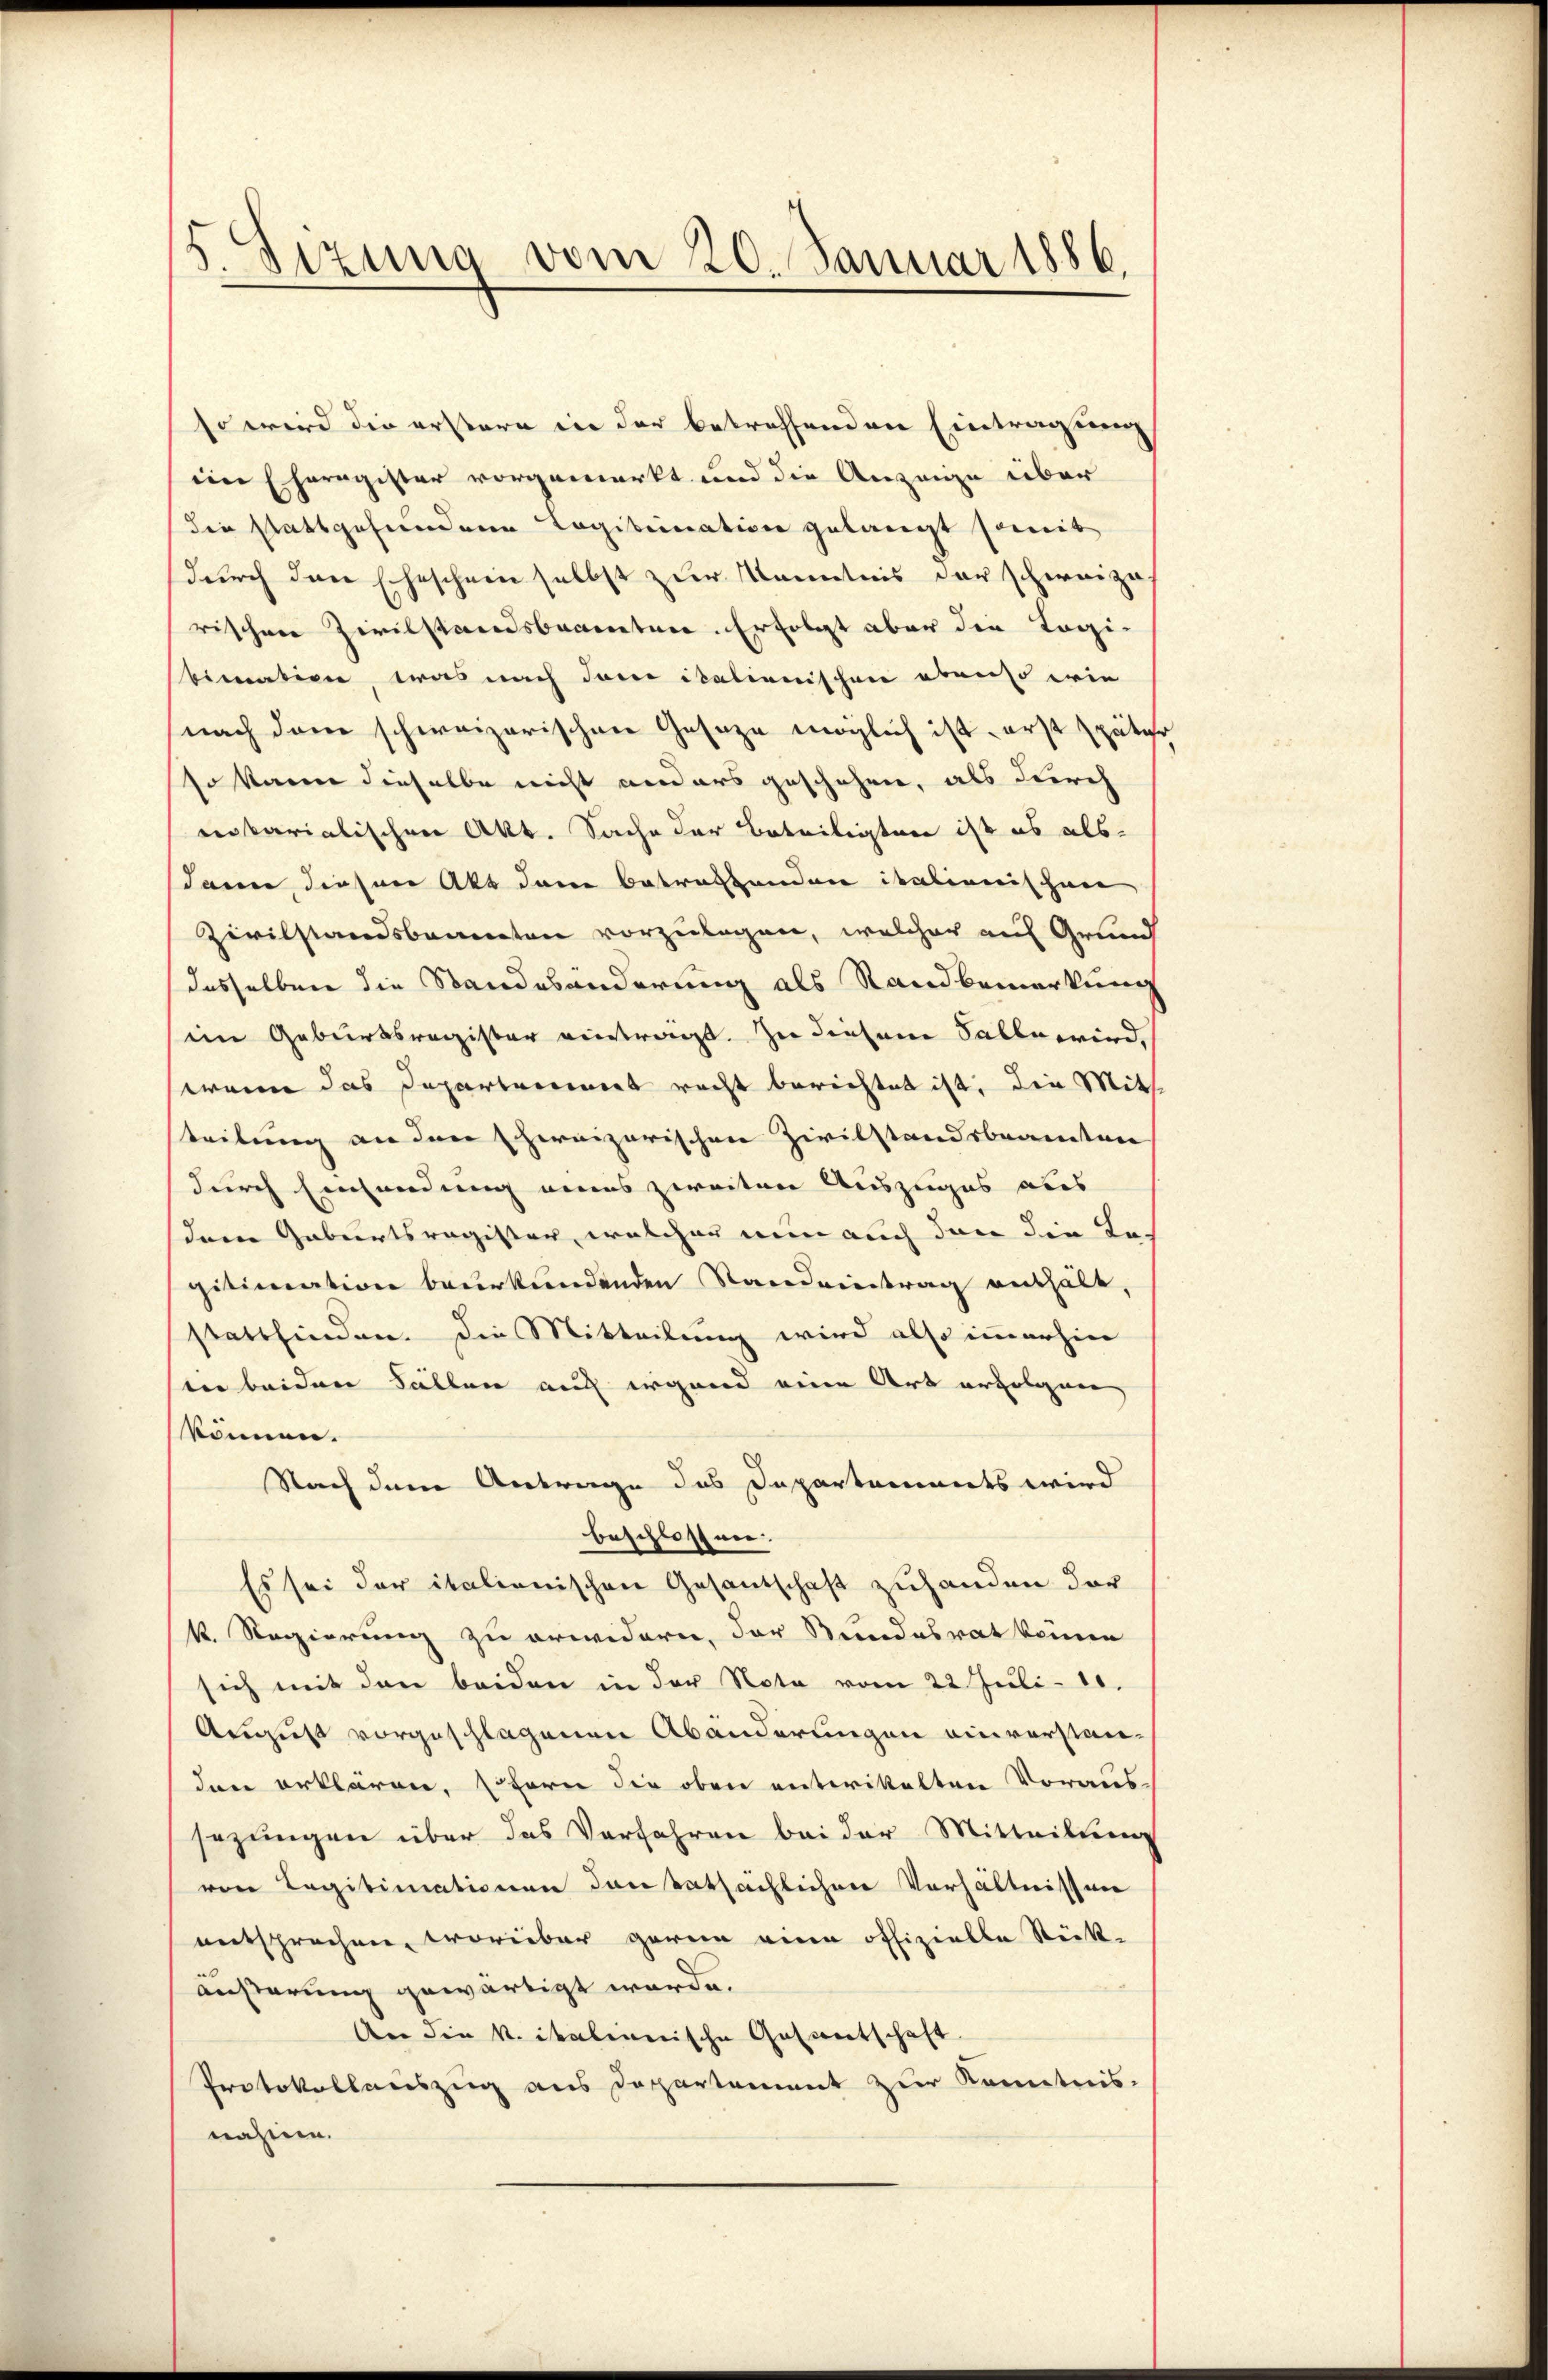
5 Sizung vom 20. Januar 1886.

so wird die erstere in der betreffenden Eintragung
eim Eheregister vorgemerkt und die Anzeige über
die stattgefundene Logibination gelangt somit
durch den Eheschein selbst zur Kenntnis der schweize
rischen Zivilstandsbeamten. Erfolgt aber die Tagibimation, was nach dem italienischen ebenso wie
nach dem schweizerischen Gesage möglich ist, erst später
so kann dieselbe nicht anders geschehen, als durch
notarialischen Akt. Sache der Beteiligten ist es als
dann diesen Akt dem Betrafhanden italienischen
Zivilstandsbeamten vorzulegen, welcher auf Grund
dasselben die Standesänderung als Sandbemerkung
im Geburtsregister eintragt. Zu diesem Falle wird,
wenn das Departement recht berichtet ist, die Mith
teilung an den schweizerischen Zivilstandsbeamten
durch Einsendung eines zweiten Auszuges aus
dem Geburtsregister, welcher nun auch dann die Ta-
gitimation beurkundenden Standeintrag enthält,
stattfinden. Die Mitteilung wird also immerhin
en beiden Fällen auf irgend eine Art erfolgen,
können.
Nach dem Antrage des Departements wird
beschlossen.
Es sei der italienischen Gesandschaft zuhanden der
k. Regierung zu erwidern, der Stundesrat keinen
sich mit den beiden in der Nota vom 22 Juli 18.
August vorgeschlagenen Abänderungen einvorstan-
dann erklären, sofern die oben entrittelten Voraus-
sezungen über das Verfahren bei der Mitteilung
von Legitimationen den tatsächlichen Verhältnissen
entsprochen, worüber garan eine offizielle Stück-
äußerung gewärtigt werde.
Aer die k. italienische Gasantschaft
Protokollauszug aus Departement zur Kenntnis-
nahme.